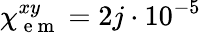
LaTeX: \chi_{\mathrm{~e~m~}}^{xy}=2j\cdot 10^{-5}